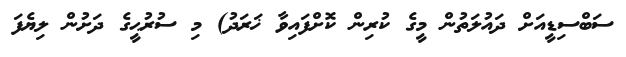
ސަބްސިޑީއަށް ދައުލަތުން މީގެ ކުރިން ކޮށްފައިވާ ޚަރަދު) މި ސުރުޙީގެ ދަށުން ލިޔެފަ